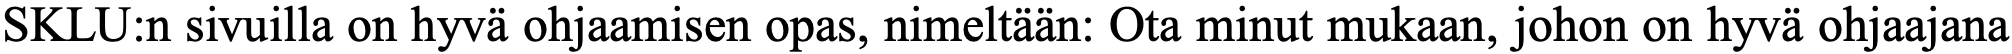
SKLU:n sivuilla on hyvä ohjaamisen opas, nimeltään: Ota minut mukaan, johon on hyvä ohjaajana